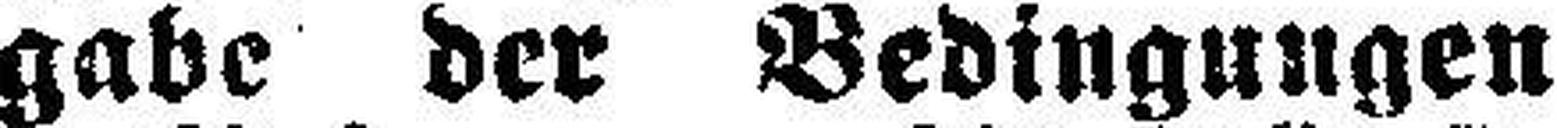
gabe der Bedingungen